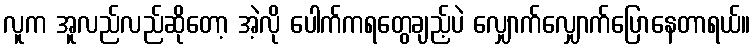
လူက အူလည်လည်ဆိုတော့ အဲ့လို ပေါက်ကရတွေချည့်ပဲ လျှောက်လျှောက်ပြောနေတာရယ်။